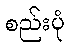
စည်းပုံ